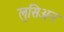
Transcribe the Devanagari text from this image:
लुसिअन